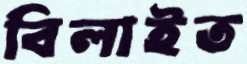
বিলাইত